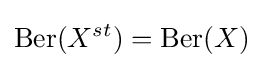
\operatorname {Ber} (X^{st})=\operatorname {Ber} (X)